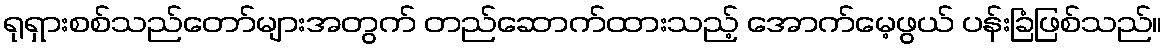
ရုရှားစစ်သည်တော်များအတွက် တည်ဆောက်ထားသည့် အောက်မေ့ဖွယ် ပန်းခြံဖြစ်သည်။